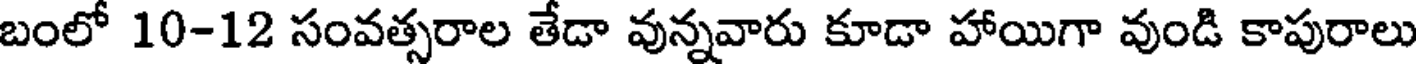
బంలో 10-12 సంవత్సరాల తేడా వున్నవారు కూడా హాయిగా వుండి కాపురాలు